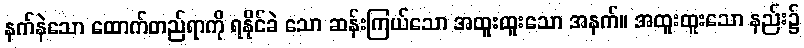
နက်နဲသော ထောက်တည်ရာကို ရနိုင်ခဲ သော ဆန်းကြယ်သော အထူးထူးသော အနက်။ အထူးထူးသော နည်း၌